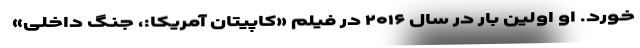
خورد. او اولین بار در سال ۲۰۱۶ در فیلم «کاپیتان آمریکا:، جنگ داخلی»